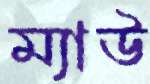
ম্যাউ